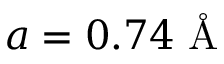
a = 0 . 7 4 \textrm { \AA }